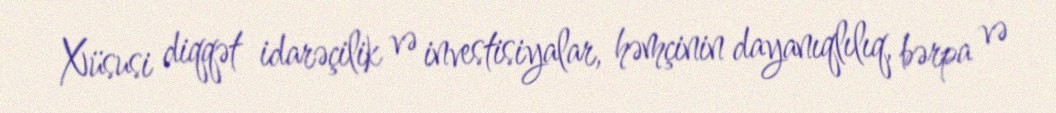
Xüsusi diqqət idarəçilik və investisiyalar, həmçinin dayanıqlılıq, bərpa və